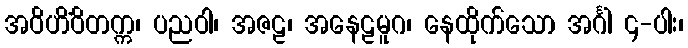
အဝိဟိံဝိတက္က၊ ပညဝါ၊ အဇဠ၊ အနေဠမူဂ၊ နေထိုက်သော အင်္ဂါ ၄-ပါး၊